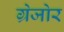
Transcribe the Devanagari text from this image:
ग्रेजोर